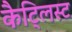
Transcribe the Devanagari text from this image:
कैट्लिस्ट